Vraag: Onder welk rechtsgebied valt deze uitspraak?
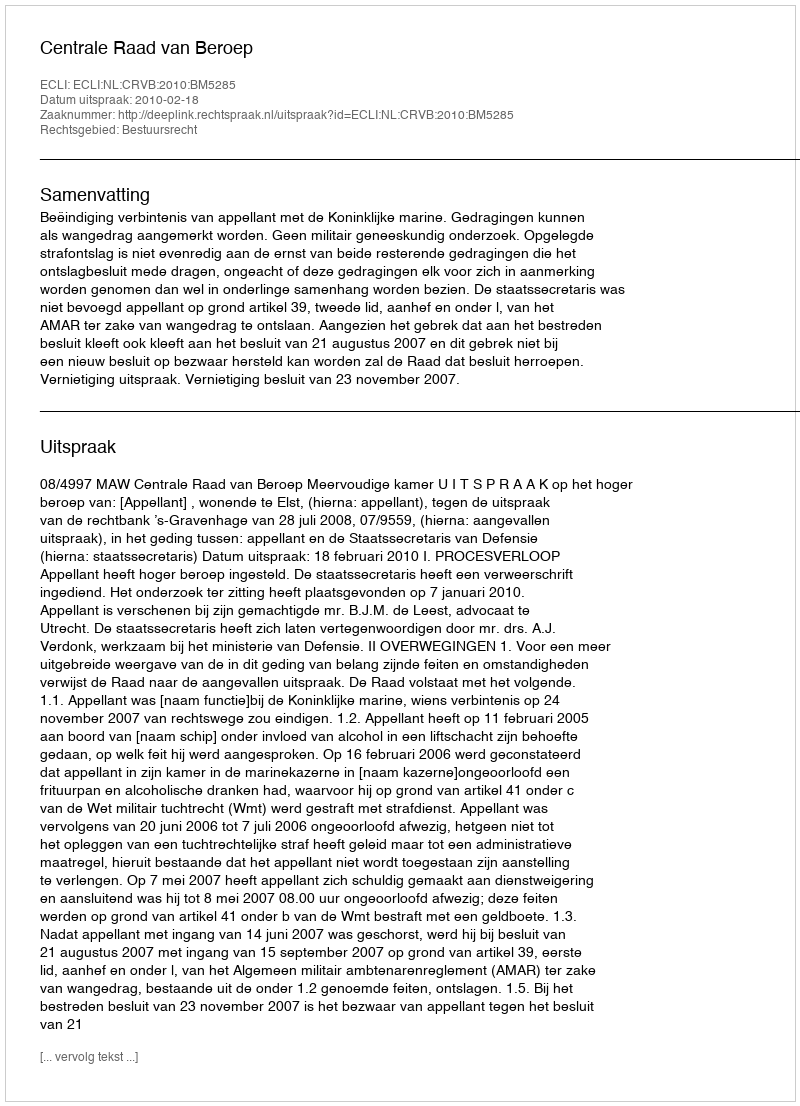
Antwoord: Bestuursrecht